Statistics compiled by the Government of India from the reports of provincial Civil Veterinary Departments
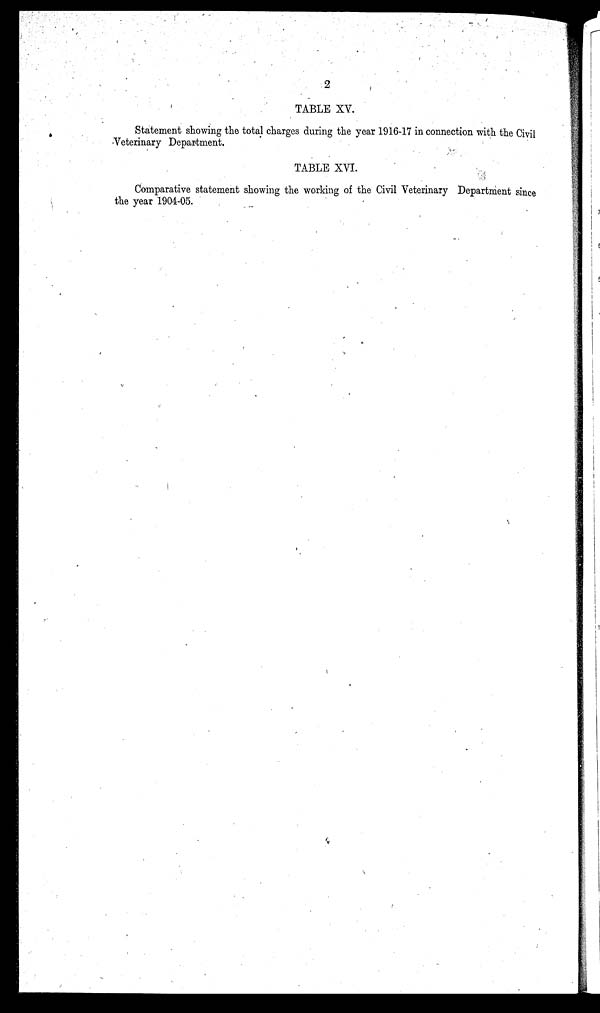
2
TABLE XV.
Statement showing the total charges during the year 1916-17 in connection with the Civil
Veterinary Department.
TABLE XVI.
Comparative statement showing the working of the Civil Veterinary Department since
the year 1904-05.